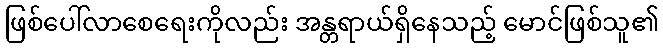
ဖြစ်ပေါ်လာစေရေးကိုလည်း အန္တရာယ်ရှိနေသည့် မောင်ဖြစ်သူ၏